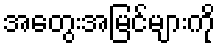
အတွေးအမြင်များကို